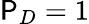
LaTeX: \mathsf{P}_{D}=1